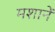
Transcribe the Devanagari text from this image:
मशानें